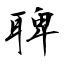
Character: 聛